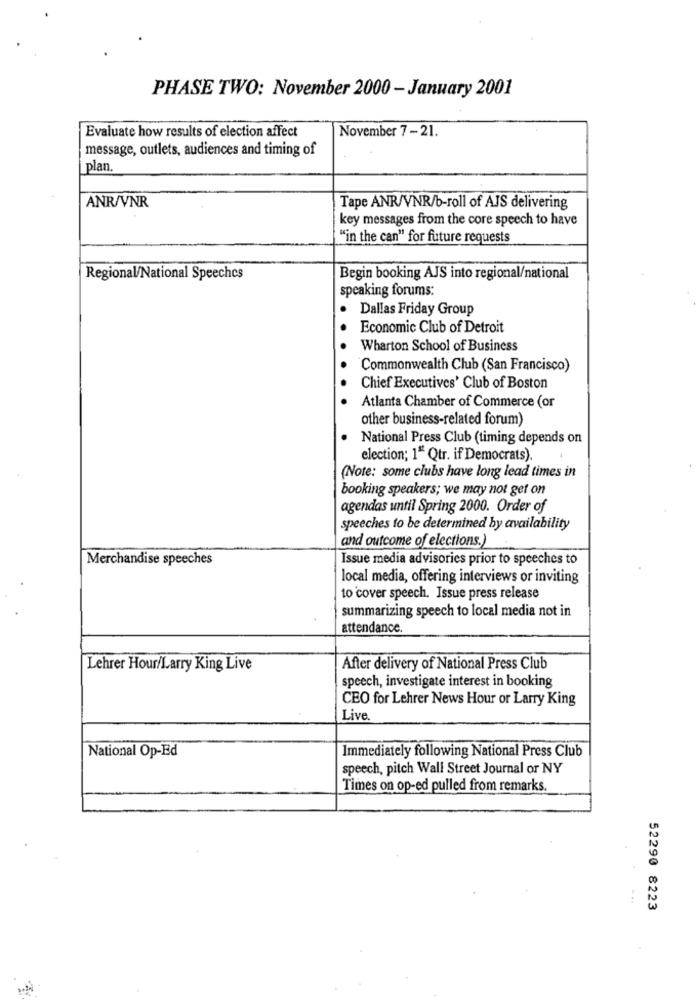
PHASE TWO: November 2000 - January 2001
Evaluate how results of election affect
November 7 - 21.
message, outlets, audiences and timing of
plan.
ANR/VNR
Tape ANR/VNR/b-roll of AJS delivering
key messages from the core speech to have
"in the can" for future requests
Regional/National Speechcs
Begin booking AJS into regional/national
speaking forums:
Dallas Friday Group
Economic Club of Detroit
Wharton School of Business
Commonwealth Club (San Francisco)
Chief Executives' Club of Boston
Atlanta Chamber of Commerce (or
other business-related forum)
National Press Club (timing depends on
election; 1" Qtr. if Democrats).
(Note: some clubs have long lead times in
booking speakers; we may not get on
agendas until Spring 2000. Order of
speeches to be determined by availability
and outcome of elections.)
Merchandise speeches
Issue media advisories prior to speeches to
local media, offering interviews or inviting
to cover speech. Issue press release
summarizing speech to local media not in
attendance.
Lehrer Hour/Larry King Live
After delivery of National Press Club
speech, investigate interest in booking
CEO for Lehrer News Hour or Larry King
Live.
National Op-Ed
Immediately following National Press Club
speech, pitch Wall Street Journal or NY
Times on op-ed pulled from remarks.
52290 8223